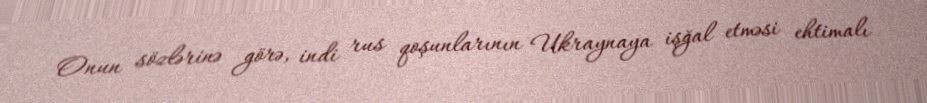
Onun sözlərinə görə, indi rus qoşunlarının Ukraynaya işğal etməsi ehtimalı